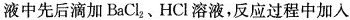
液中先后滴加BaCl_{2}、HCl溶液，反应过程中加入